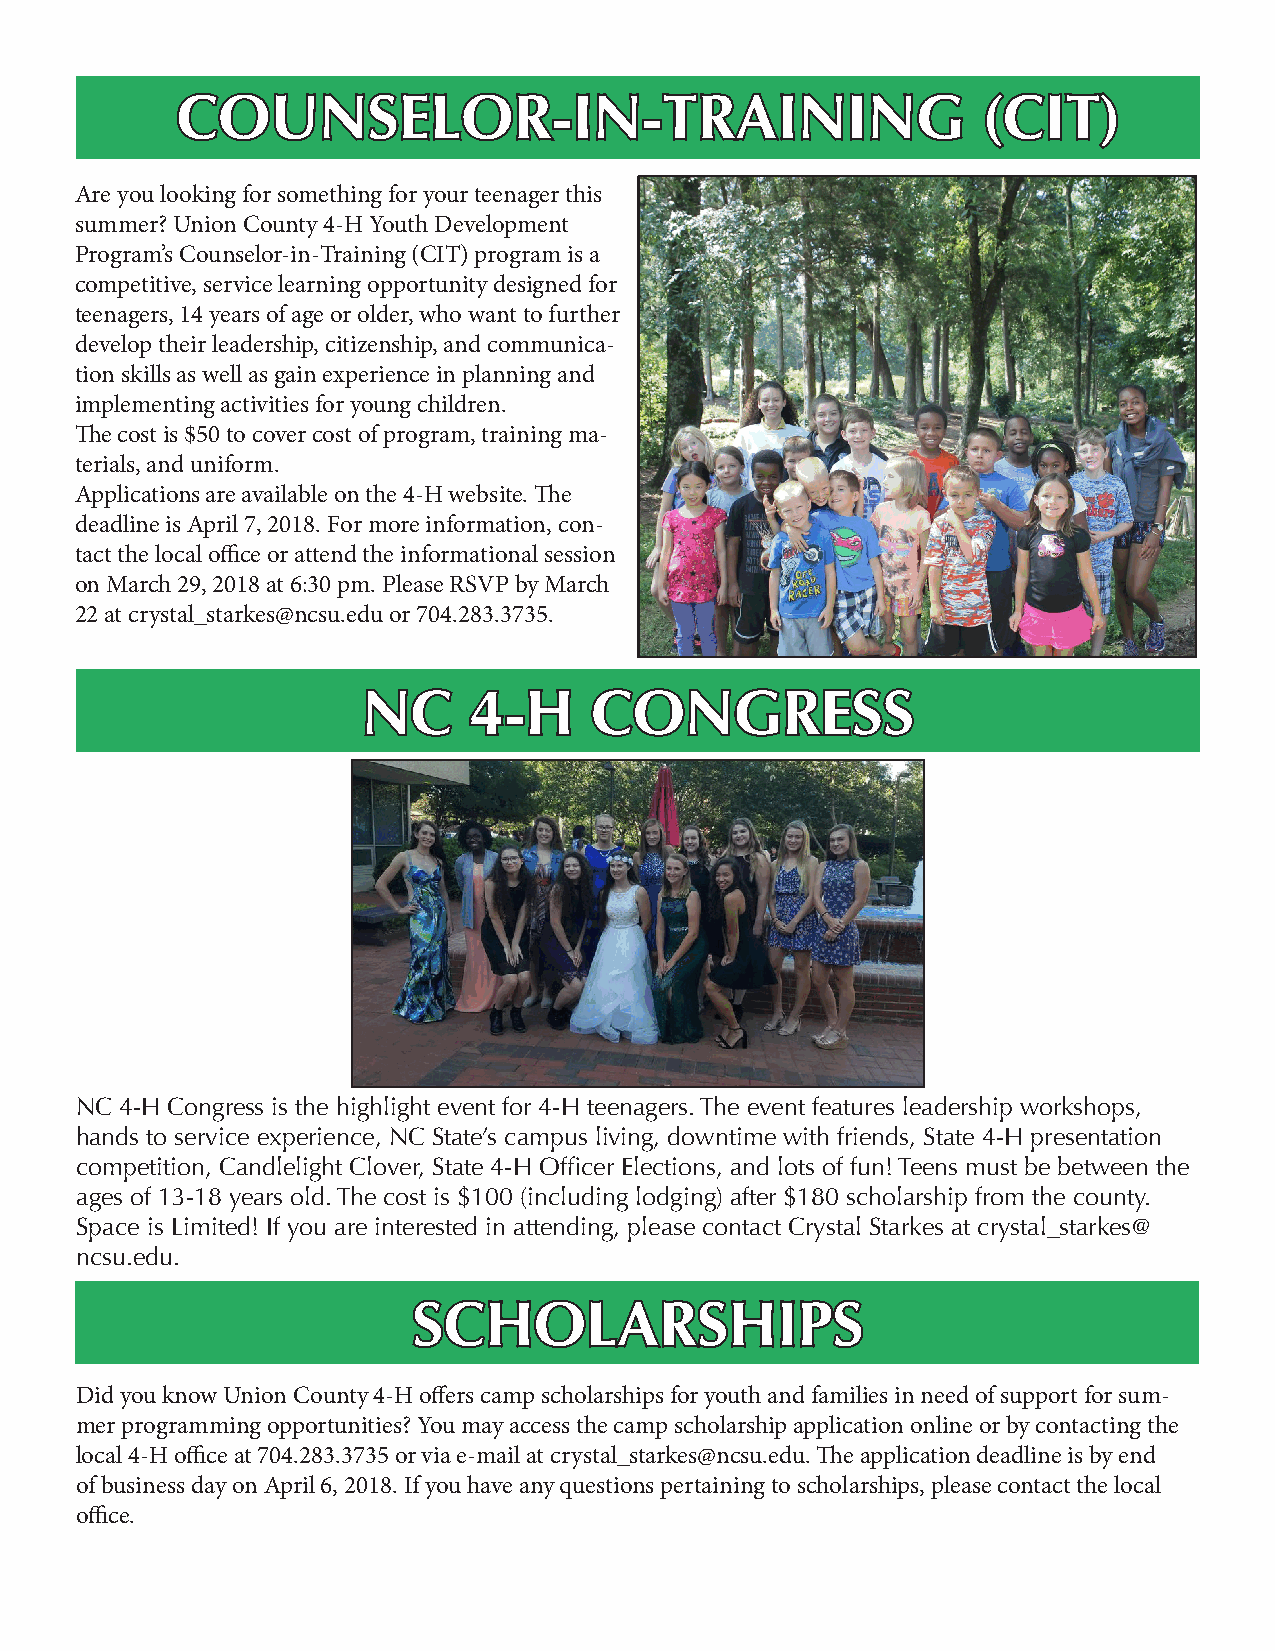
COUNSELOR-IN-TRAINING                                (CIT)
 Are you looking for something for your teenager this
 summer? Union County 4-H Youth Development
 Program’s Counselor-in-Training (CIT) program is a
 competitive, service learning opportunity designed for
 teenagers, 14 years of age or older, who want to further
 develop their leadership, citizenship, and communica-
 tion skills as well as gain experience in planning and
 implementing activities for young children.
 The cost is $50 to cover cost of program, training ma-
 terials, and uniform.
 Applications are available on the 4-H website. The
 deadline is April 7, 2018. For more information, con-
 tact the local office or attend the informational session
 on March 29, 2018 at 6:30 pm. Please RSVP by March
 22 at crystal_starkes@ncsu.edu or 704.283.3735.
 NC     4-H     CONGRESS
 NC 4-H Congress is the highlight event for 4-H teenagers. The event features leadership workshops,
 hands to service experience, NC State’s campus living, downtime with friends, State 4-H presentation
 competition, Candlelight Clover, State 4-H Officer Elections, and lots of fun! Teens must be between the
 ages of 13-18 years old. The cost is $100 (including lodging) after $180 scholarship from the county.
 Space is Limited! If you are interested in attending, please contact Crystal Starkes at crystal_starkes@
 ncsu.edu.
 SCHOLARSHIPS
 Did you know Union County 4-H offers camp scholarships for youth and families in need of support for sum-
 mer programming opportunities? You may access the camp scholarship application online or by contacting the
 local 4-H office at 704.283.3735 or via e-mail at crystal_starkes@ncsu.edu. The application deadline is by end
 of business day on April 6, 2018. If you have any questions pertaining to scholarships, please contact the local
 office.